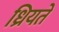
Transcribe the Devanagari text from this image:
ध्रियते